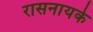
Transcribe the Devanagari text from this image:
रासनायके